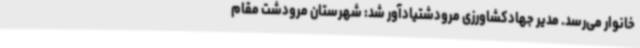
خانوار می‌رسد. مدیر جهادکشاورزی مرودشتیادآور شد: شهرستان مرودشت مقام